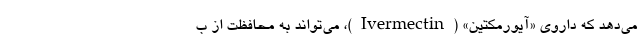
می‌دهد که داروی «آیورمکتین» (Ivermectin)، می‌تواند به محافظت از ب